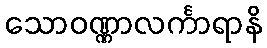
သောဝဏ္ဏာလင်္ကာရာနိ